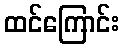
ထင်ကြောင်း